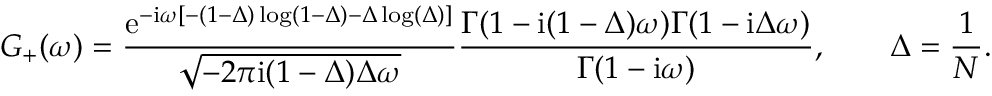
G _ { + } ( \omega ) = \frac { \mathrm { e } ^ { - \mathrm { i } \omega [ - ( 1 - \Delta ) \log ( 1 - \Delta ) - \Delta \log ( \Delta ) ] } } { \sqrt { - 2 \pi \mathrm { i } ( 1 - \Delta ) \Delta \omega } } \frac { \Gamma ( 1 - \mathrm { i } ( 1 - \Delta ) \omega ) \Gamma ( 1 - \mathrm { i } \Delta \omega ) } { \Gamma ( 1 - \mathrm { i } \omega ) } , \qquad \Delta = \frac { 1 } { N } .